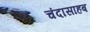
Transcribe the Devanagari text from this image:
चंदासाहब